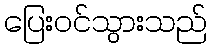
ပြေးဝင်သွားသည်